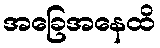
အခြေအနေထိ